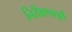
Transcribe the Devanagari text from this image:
निरीक्षणापूर्वी